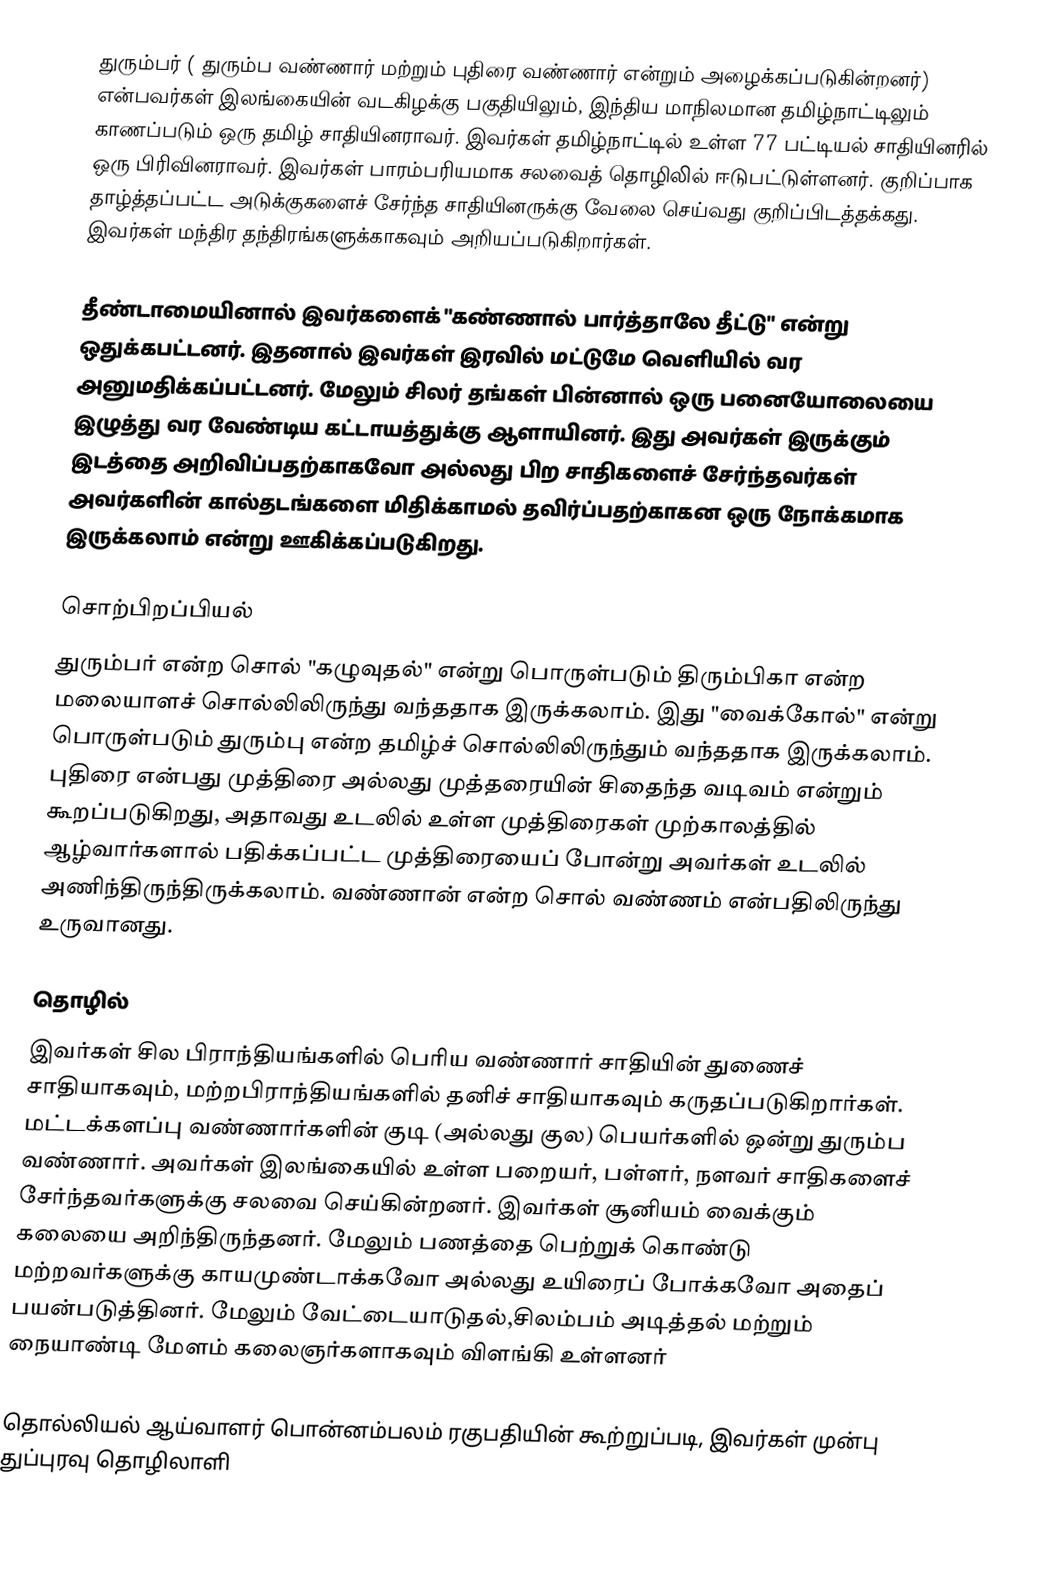
துரும்பர் ( துரும்ப வண்ணார் மற்றும் புதிரை வண்ணார்  என்றும் அழைக்கப்படுகின்றனர்) என்பவர்கள் இலங்கையின் வடகிழக்கு பகுதியிலும், இந்திய மாநிலமான தமிழ்நாட்டிலும் காணப்படும் ஒரு தமிழ் சாதியினராவர். இவர்கள் தமிழ்நாட்டில் உள்ள 77 பட்டியல் சாதியினரில் ஒரு பிரிவினராவர்.  இவர்கள் பாரம்பரியமாக சலவைத் தொழிலில் ஈடுபட்டுள்ளனர். குறிப்பாக தாழ்த்தப்பட்ட அடுக்குகளைச் சேர்ந்த சாதியினருக்கு வேலை செய்வது குறிப்பிடத்தக்கது.  இவர்கள் மந்திர தந்திரங்களுக்காகவும்  அறியப்படுகிறார்கள்.

தீண்டாமையினால்  இவர்களைக் "கண்ணால் பார்த்தாலே தீட்டு" என்று ஒதுக்கபட்டனர். இதனால் இவர்கள் இரவில் மட்டுமே வெளியில் வர அனுமதிக்கப்பட்டனர். மேலும் சிலர் தங்கள் பின்னால் ஒரு பனையோலையை இழுத்து வர வேண்டிய கட்டாயத்துக்கு ஆளாயினர். இது அவர்கள் இருக்கும் இடத்தை அறிவிப்பதற்காகவோ அல்லது பிற சாதிகளைச் சேர்ந்தவர்கள் அவர்களின் கால்தடங்களை மிதிக்காமல் தவிர்ப்பதற்காகன ஒரு நோக்கமாக இருக்கலாம் என்று ஊகிக்கப்படுகிறது.

சொற்பிறப்பியல்
துரும்பர் என்ற சொல் "கழுவுதல்" என்று பொருள்படும் திரும்பிகா என்ற மலையாளச் சொல்லிலிருந்து வந்ததாக இருக்கலாம்.  இது "வைக்கோல்" என்று பொருள்படும் துரும்பு என்ற தமிழ்ச் சொல்லிலிருந்தும் வந்ததாக இருக்கலாம்.  புதிரை என்பது முத்திரை அல்லது முத்தரையின் சிதைந்த வடிவம் என்றும் கூறப்படுகிறது, அதாவது உடலில் உள்ள முத்திரைகள் முற்காலத்தில் ஆழ்வார்களால் பதிக்கப்பட்ட முத்திரையைப் போன்று அவர்கள் உடலில் அணிந்திருந்திருக்கலாம். வண்ணான் என்ற சொல் வண்ணம் என்பதிலிருந்து உருவானது.

தொழில்
இவர்கள் சில பிராந்தியங்களில் பெரிய வண்ணார் சாதியின் துணைச் சாதியாகவும், மற்றபிராந்தியங்களில் தனிச் சாதியாகவும் கருதப்படுகிறார்கள். மட்டக்களப்பு வண்ணார்களின் குடி (அல்லது குல) பெயர்களில் ஒன்று துரும்ப வண்ணார். அவர்கள் இலங்கையில் உள்ள பறையர், பள்ளர், நளவர் சாதிகளைச் சேர்ந்தவர்களுக்கு சலவை செய்கின்றனர்.  இவர்கள் சூனியம் வைக்கும் கலையை அறிந்திருந்தனர். மேலும்  பணத்தை பெற்றுக் கொண்டு மற்றவர்களுக்கு காயமுண்டாக்கவோ அல்லது உயிரைப் போக்கவோ அதைப் பயன்படுத்தினர்.   மேலும் வேட்டையாடுதல்,சிலம்பம் அடித்தல் மற்றும் நையாண்டி மேளம் கலைஞர்களாகவும் விளங்கி உள்ளனர்

தொல்லியல் ஆய்வாளர் பொன்னம்பலம் ரகுபதியின் கூற்றுப்படி, இவர்கள் முன்பு துப்புரவு தொழிலாளி